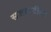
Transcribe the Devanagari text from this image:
सजावटीला